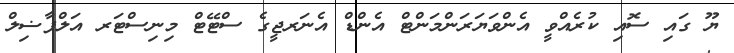
ޔޫ ގައި ސޮއި ކުރެއްވީ އެންވަޔަރަންމަންޓް އެންޑް އެނަރޖީގެ ސްޓޭޓް މިނިސްޓަރ އަލްފާޟިލް